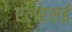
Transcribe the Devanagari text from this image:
एलएसई